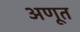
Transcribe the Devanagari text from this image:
अणूत